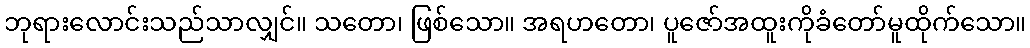
ဘုရားလောင်းသည်သာလျှင်။ သတော၊ ဖြစ်သော။ အရဟတော၊ ပူဇော်အထူးကိုခံတော်မူထိုက်သော။